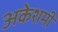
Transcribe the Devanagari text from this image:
अकेशमी